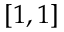
[ 1 , 1 ]